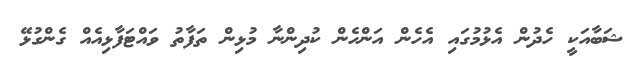
ޝަބާއަކީ ހެދުން އެޅުމުގައި އެހެން އަންހެން ކުދިންނާ މުޅިން ތަފާތު ވައްޓަފާޅިއެއް ގެންގުޅޭ